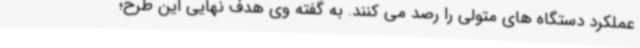
عملکرد دستگاه های متولی را رصد می کنند. به گفته وی هدف نهایی این طرح؛